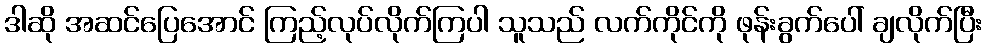
ဒါဆို အဆင်ပြေအောင် ကြည့်လုပ်လိုက်ကြပါ သူသည် လက်ကိုင်ကို ဖုန်းခွက်ပေါ် ချလိုက်ပြီး